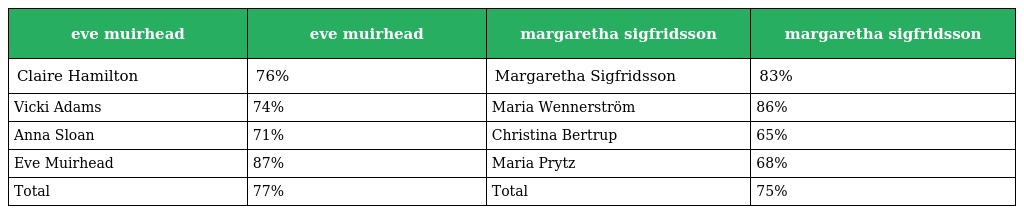
| eve muirhead | eve muirhead | margaretha sigfridsson | margaretha sigfridsson |
 | --- | --- | --- | --- |
 | Claire Hamilton | 76% | Margaretha Sigfridsson | 83% |
 | Vicki Adams | 74% | Maria Wennerström | 86% |
 | Anna Sloan | 71% | Christina Bertrup | 65% |
 | Eve Muirhead | 87% | Maria Prytz | 68% |
 | Total | 77% | Total | 75% |